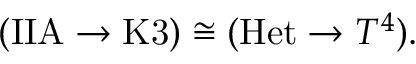
( \mathrm { I I A } \to \mathrm { K 3 } ) \cong ( \mathrm { H e t } \to T ^ { 4 } ) .